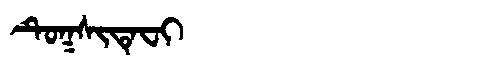
Manchu: ᡨᡠᡴᠰᡳᡨᡝᠸᡳ
Romanization: TUKSITEFI